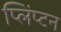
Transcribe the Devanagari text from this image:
प्लिंप्टन